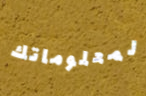
لمعلوماتك